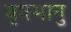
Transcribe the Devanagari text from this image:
बृषभानु